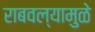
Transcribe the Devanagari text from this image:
राबवल्यामुळे